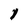
Character: 1